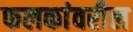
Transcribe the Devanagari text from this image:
फलकांवरील